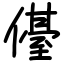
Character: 㒗